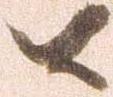
候